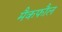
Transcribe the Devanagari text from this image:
मैकफौल